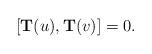
LaTeX: \begin{align*}[{\bf T}(u),{\bf T}(v)] = 0. \end{align*}